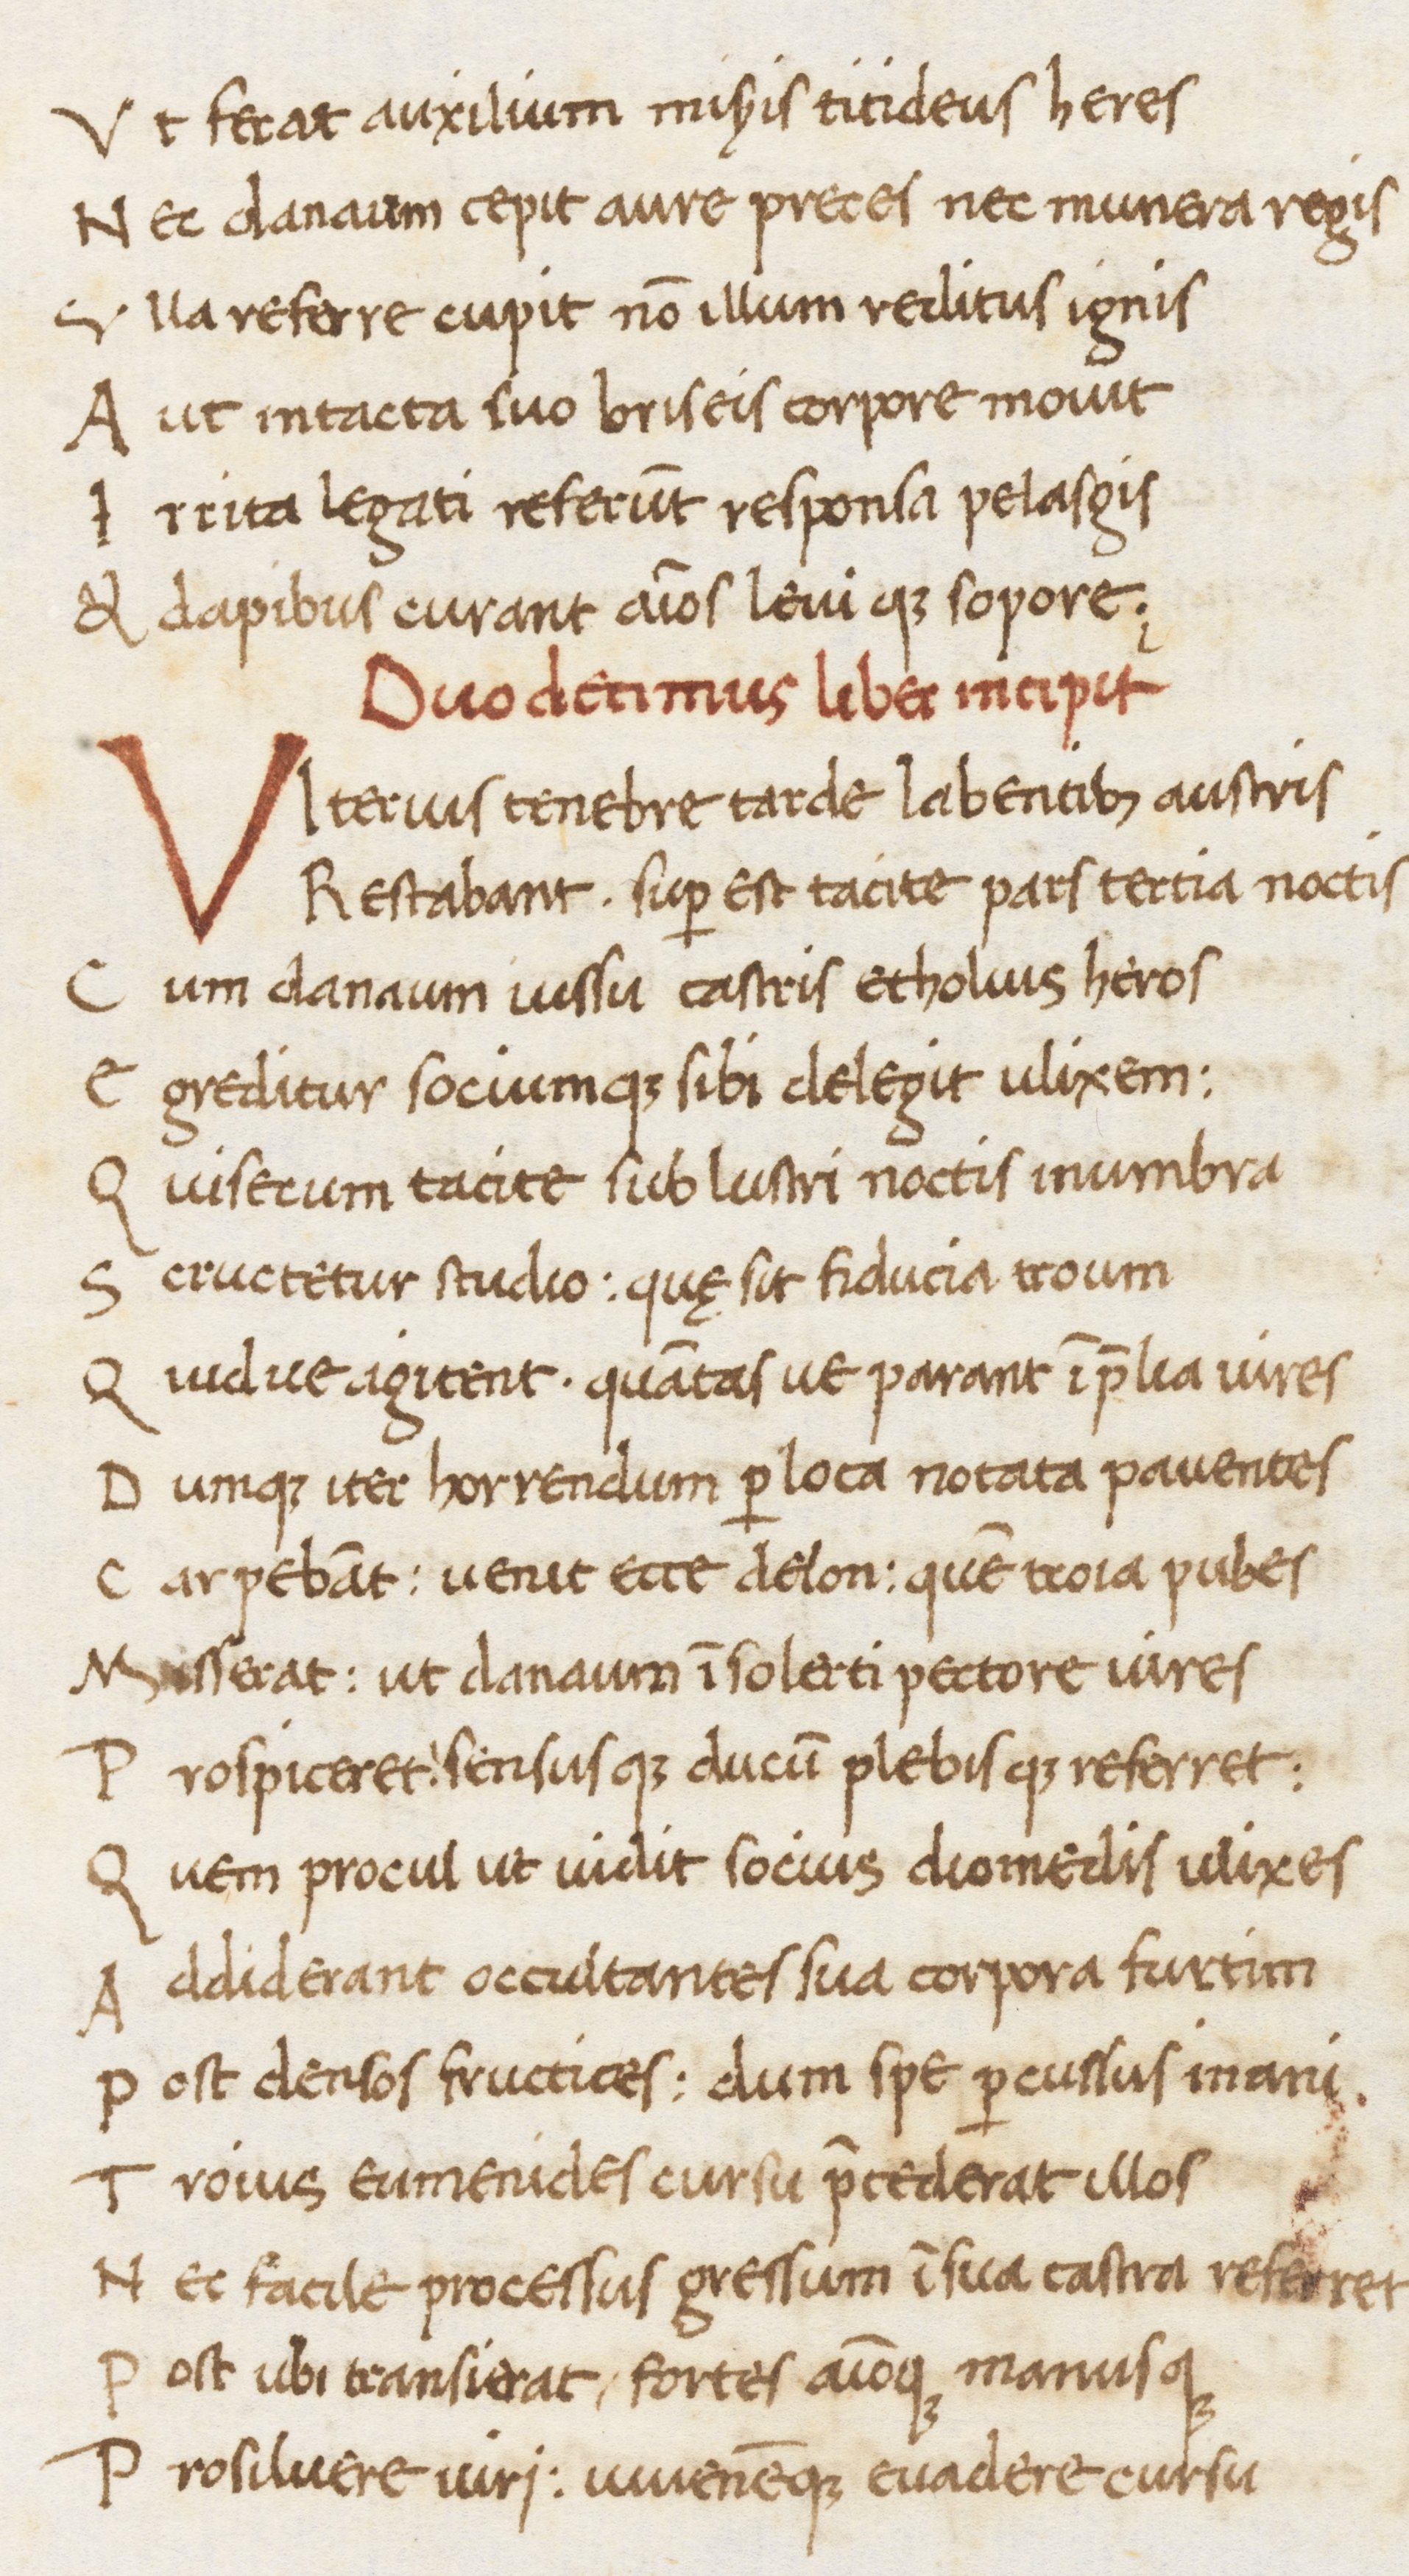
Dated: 1469–1469